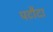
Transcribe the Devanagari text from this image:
पटौदा